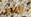
تضحكون